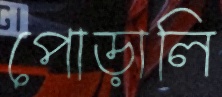
পোড়ালি